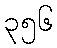
၃၅၆